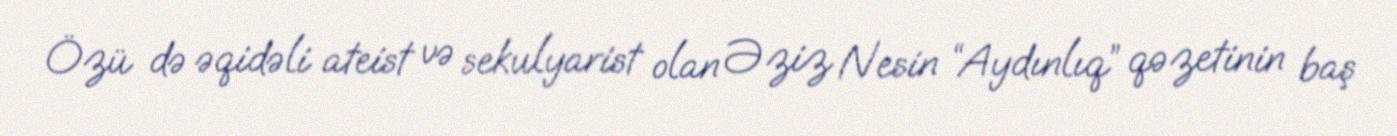
Özü də əqidəli ateist və sekulyarist olan Əziz Nesin “Aydınlıq” qəzetinin baş